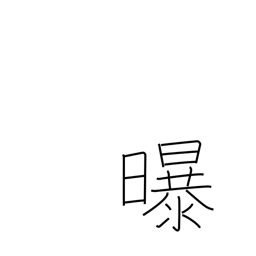
Meaning: air